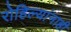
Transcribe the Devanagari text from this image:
रोहिल्यांनाही